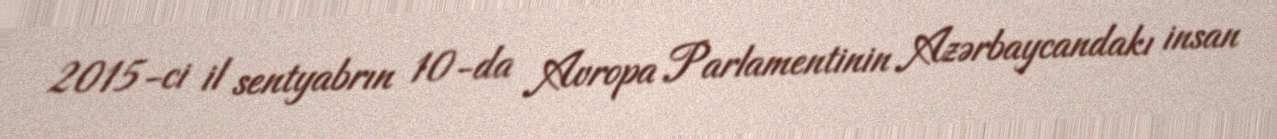
2015-ci il sentyabrın 10-da Avropa Parlamentinin Azərbaycandakı insan